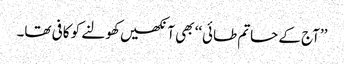
’’آج کے حاتم طائی‘‘ بھی آنکھیں کھولنے کو کافی تھا۔